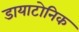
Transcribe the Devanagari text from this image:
डायाटोनिक